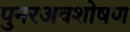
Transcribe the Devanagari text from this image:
पुनरअवशोषण